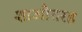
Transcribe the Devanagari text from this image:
शाऔतरह